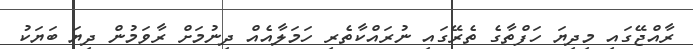
ރާއްޖޭގައި މިދިޔަ ހަފްތާގެ ތެރޭގައި ނުރައްކާތެރި ހަމަލާއެއް ދިނުމަށް ރާވަމުން ދިޔަ ބަޔަކު